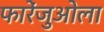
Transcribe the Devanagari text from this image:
फारेंजुओला